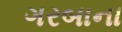
ગરબાના